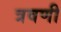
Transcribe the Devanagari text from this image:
त्रवणी